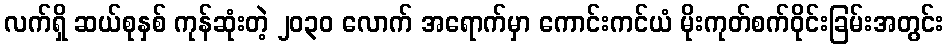
လက်ရှိ ဆယ်စုနှစ် ကုန်ဆုံးတဲ့ ၂၀၃၀ လောက် အရောက်မှာ ကောင်းကင်ယံ မိုးကုတ်စက်ဝိုင်းခြမ်းအတွင်း